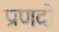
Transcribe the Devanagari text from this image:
प्राणदो